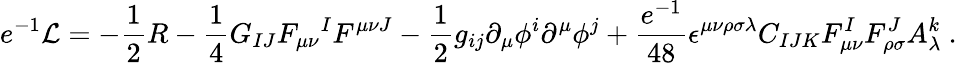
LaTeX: e^{-1}{\cal L}=-{\frac{1}{2}}R-{\frac{1}{4}}G_{IJ}F_{\mu\nu}{}^{I}F^{\mu\nu J}-{\frac{1}{2}}g_{ij}\partial_{\mu}\phi^{i}\partial^{\mu}\phi^{j}+{\frac{e^{-1}}{48}}\epsilon^{\mu\nu\rho\sigma\lambda}C_{IJK}F_{\mu\nu}^{I}F_{\rho\sigma}^{J}A_{\lambda}^{k}\ .